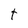
Character: t